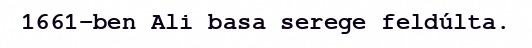
1661-ben Ali basa serege feldúlta.